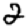
Digit: 2